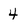
Character: 4